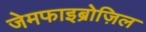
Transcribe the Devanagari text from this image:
जेमफाइब्रोज़िल